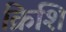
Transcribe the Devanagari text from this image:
क्रिशि